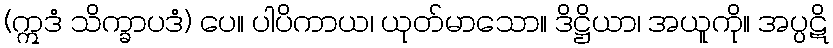
(ဣဒံ သိက္ခာပဒံ) ပေ။ ပါပိကာယ၊ ယုတ်မာသော။ ဒိဋ္ဌိယာ၊ အယူကို။ အပ္ပဋိ